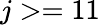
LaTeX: j>=11